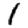
Digit: 1